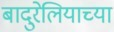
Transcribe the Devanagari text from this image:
बादुरेलियाच्या